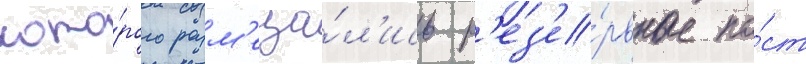
кото́рого разм'еща́л'ись р'ез'е́рвные по́ст